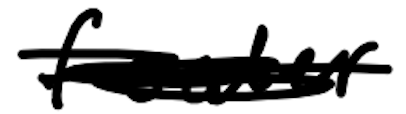
Text: feeder
Cross-out: scratch
Writing tool: digital_black